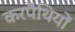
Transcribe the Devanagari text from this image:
करपैथियों